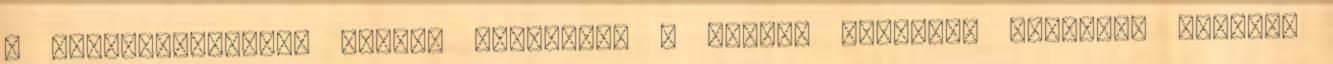
– Magyarországhoz képest hasonlóan – erősen formális jellegű, azonban